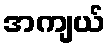
အကျယ်